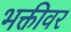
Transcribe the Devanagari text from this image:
भक्तीवर